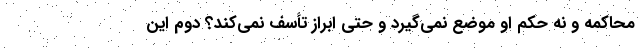
محاکمه و نه حکم او موضع نمی‌گیرد و حتی ابراز تأسف نمی‌کند؟ دوم این